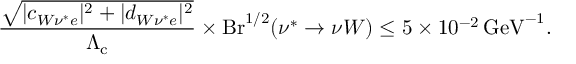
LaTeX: \frac { \sqrt { | c _ { W \nu ^ { * } e } | ^ { 2 } + | d _ { W \nu ^ { * } e } | ^ { 2 } } } { \Lambda _ { \mathrm { c } } } \times \mathrm { B r } ^ { 1 / 2 } ( \nu ^ { * } \to \nu W ) \leq 5 \times 1 0 ^ { - 2 } \, \mathrm { G e V } ^ { - 1 } .